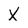
Character: X